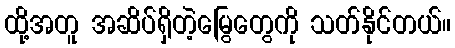
ထို့အတူ အဆိပ်ရှိတဲ့မြွေတွေကို သတ်နိုင်တယ်။